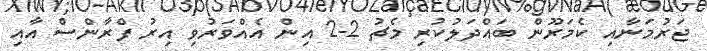
ޖަރުމަނާއި ކެމަރޫން ބައްދަލުކުރި މެޗު 2-2 އިން އެއްވަރުވި އިރު ފްރާންސް އާއި